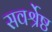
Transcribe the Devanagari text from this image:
सवर्श्रेष्ठ